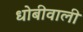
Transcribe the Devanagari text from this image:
धोबीवाली